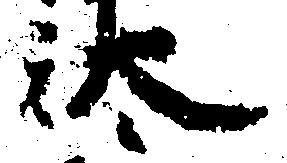
汰